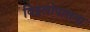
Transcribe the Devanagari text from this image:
विट्ठलोपासना